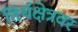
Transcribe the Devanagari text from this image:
तिर्थक्षेत्रवर